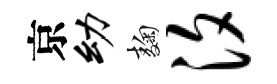
京幼麹汐